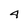
Character: 4